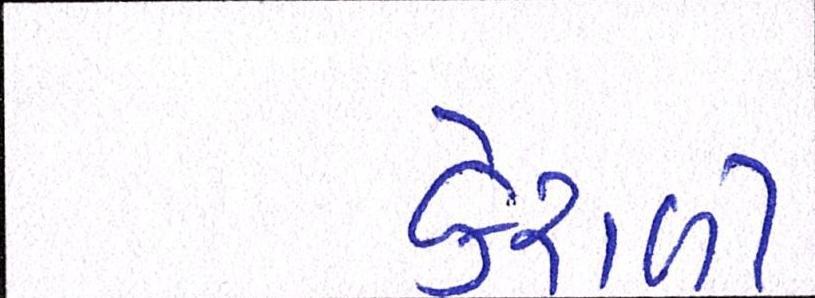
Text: કેરાળી